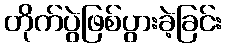
တိုက်ပွဲဖြစ်ပွားခဲ့ခြင်း